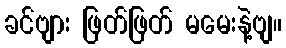
ခင်ဗျား ဖြတ်ဖြတ် မမေးနဲ့ဗျ။